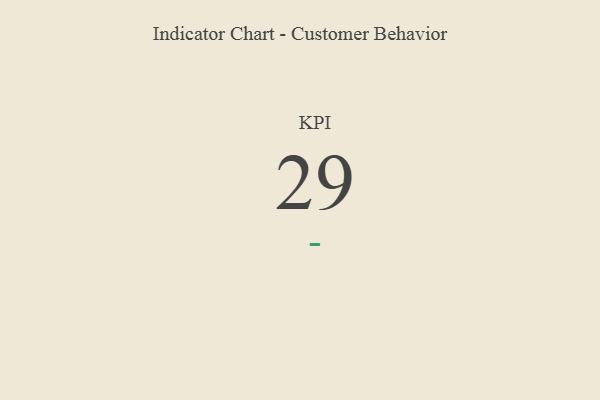
{"axis": {"x": "KPI", "y": "Value"}, "legend": [""], "data": [{"x": "KPI", "y": 29, "type": ""}]}